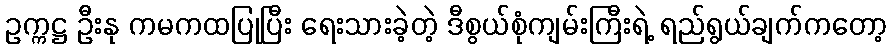
ဥက္ကဋ္ဌ ဦးနု ကမကထပြုပြီး ရေးသားခဲ့တဲ့ ဒီစွယ်စုံကျမ်းကြီးရဲ့ ရည်ရွယ်ချက်ကတော့